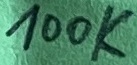
Text: 100k